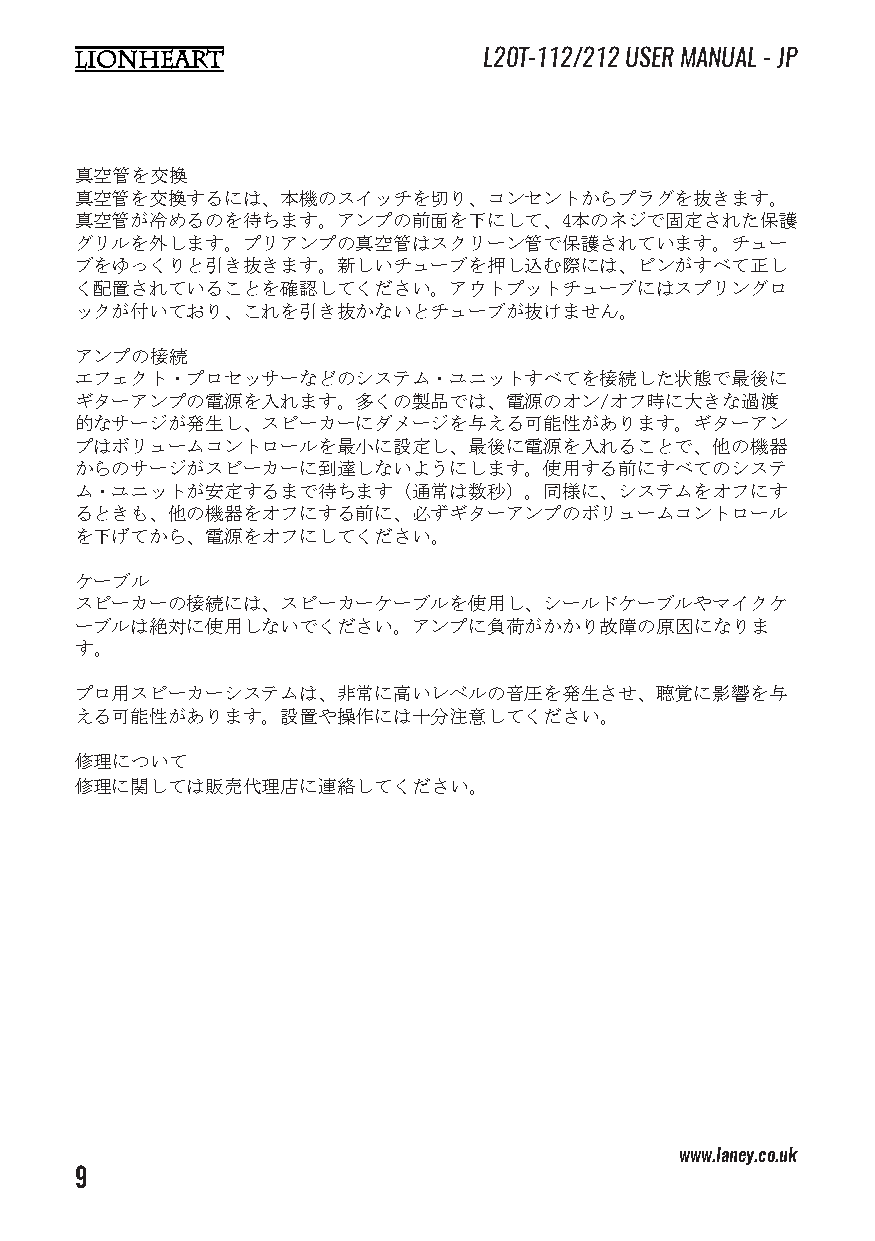
L20T-112/212 USER MANUAL - JP
 真空管を交換
 真空管を交換するには、本機のスイッチを切り、コンセントからプラグを抜きます。
 真空管が冷めるのを待ちます。アンプの前面を下にして、4本のネジで固定された保護
 グリルを外します。プリアンプの真空管はスクリーン管で保護されています。チュー
 ブをゆっくりと引き抜きます。新しいチューブを押し込む際には、ピンがすべて正し
 く配置されていることを確認してください。アウトプットチューブにはスプリングロ
 ックが付いており、これを引き抜かないとチューブが抜けません。
 アンプの接続
 エフェクト・プロセッサーなどのシステム・ユニットすべてを接続した状態で最後に
 ギターアンプの電源を入れます。多くの製品では、電源のオン/オフ時に大きな過渡
 的なサージが発生し、スピーカーにダメージを与える可能性があります。ギターアン
 プはボリュームコントロールを最小に設定し、最後に電源を入れることで、他の機器
 からのサージがスピーカーに到達しないようにします。使用する前にすべてのシステ
 ム・ユニットが安定するまで待ちます（通常は数秒）。同様に、システムをオフにす
 るときも、他の機器をオフにする前に、必ずギターアンプのボリュームコントロール
 を下げてから、電源をオフにしてください。
 ケーブル
 スピーカーの接続には、スピーカーケーブルを使用し、シールドケーブルやマイクケ
 ーブルは絶対に使用しないでください。アンプに負荷がかかり故障の原因になりま
 す。
 プロ用スピーカーシステムは、非常に高いレベルの音圧を発生させ、聴覚に影響を与
 える可能性があります。設置や操作には十分注意してください。
 修理について
 修理に関しては販売代理店に連絡してください。
 www.laney.co.uk                              www.laney.co.uk
 9